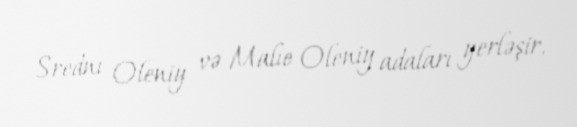
Srednı Oleniy və Malıe Oleniy adaları yerləşir.